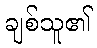
ချစ်သူ၏